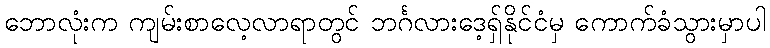
ဘောလုံးက ကျမ်းစာလေ့လာရာတွင် ဘင်္ဂလားဒေ့ရှ်နိုင်ငံမှ ကောက်ခံသွားမှာပါ